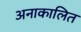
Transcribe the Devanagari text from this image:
अनाकालित